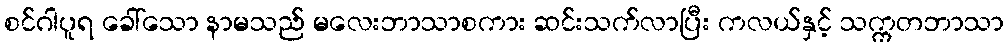
စင်ဂါပူရ ခေါ်သော နာမသည် မလေးဘာသာစကား ဆင်းသက်လာပြီး ကလယ်နှင့် သက္ကတဘာသာ